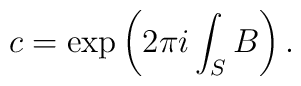
c=\exp\left(2\pi i\int_S B\right).